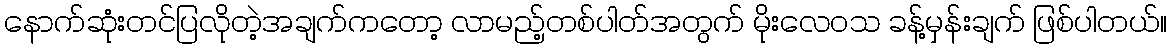
နောက်ဆုံးတင်ပြလိုတဲ့အချက်ကတော့ လာမည့်တစ်ပါတ်အတွက် မိုးလေဝသ ခန့်မှန်းချက် ဖြစ်ပါတယ်။